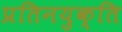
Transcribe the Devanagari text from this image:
प्रतिनयुक्ति